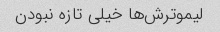
لیموترش‌ها خیلی تازه نبودن